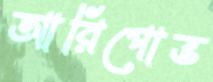
আরিপোভ